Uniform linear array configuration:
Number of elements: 48
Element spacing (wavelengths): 0.25
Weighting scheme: blackman
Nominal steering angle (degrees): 15
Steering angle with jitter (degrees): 13.411
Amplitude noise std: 0.05
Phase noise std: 0.05

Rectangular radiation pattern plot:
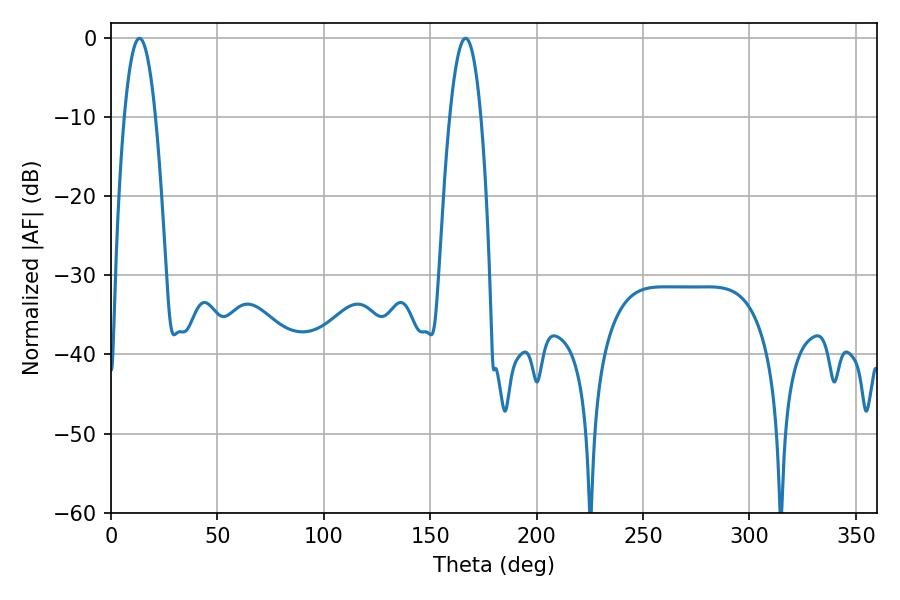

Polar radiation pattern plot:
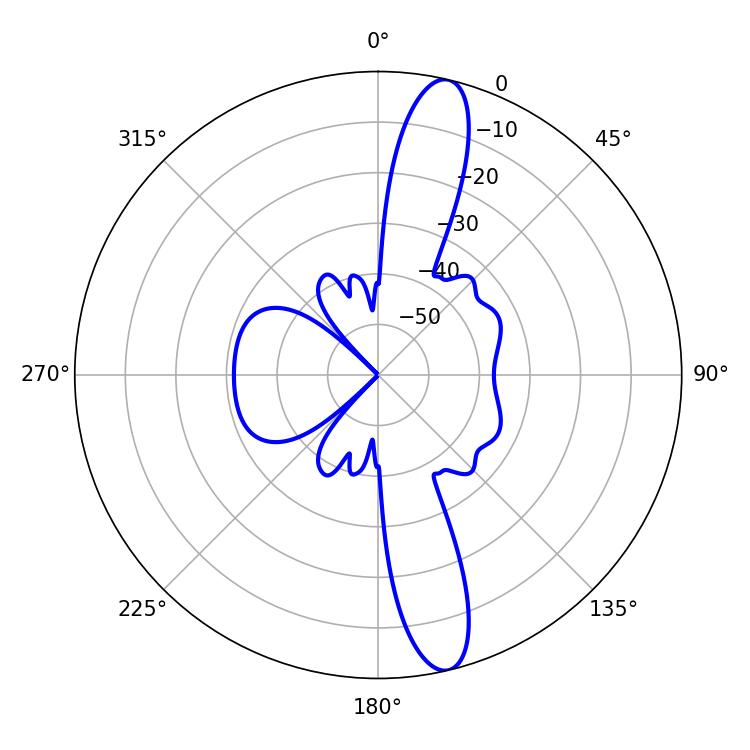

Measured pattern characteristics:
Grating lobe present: FALSE
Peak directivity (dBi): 14.536
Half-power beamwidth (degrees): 8.1
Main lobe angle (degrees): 13.32